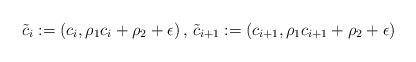
LaTeX: \begin{align*}\tilde{c}_{i}:=(c_{i},\rho_{1}c_{i}+\rho_{2}+\epsilon)\,,\,\tilde{c}_{i+1}:=(c_{i+1},\rho_{1}c_{i+1}+\rho_{2}+\epsilon)\end{align*}